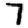
Digit: 7